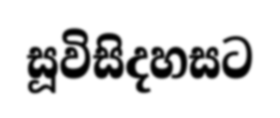
සූවිසිදහසට